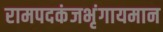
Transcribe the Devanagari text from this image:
रामपदकंजभृंगायमान